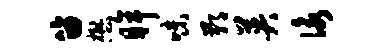
笛懋眸味鄙英咏